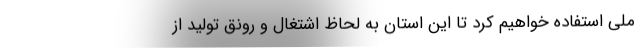
ملی استفاده خواهیم کرد تا این استان به لحاظ اشتغال و رونق تولید از